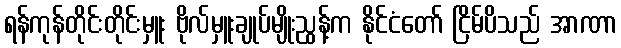
ရန်ကုန်တိုင်းတိုင်းမှူး ဗိုလ်မှူးချုပ်မျိုးညွန့်က နိုင်ငံတော် ငြိမ်ပိသည် အာဏာ